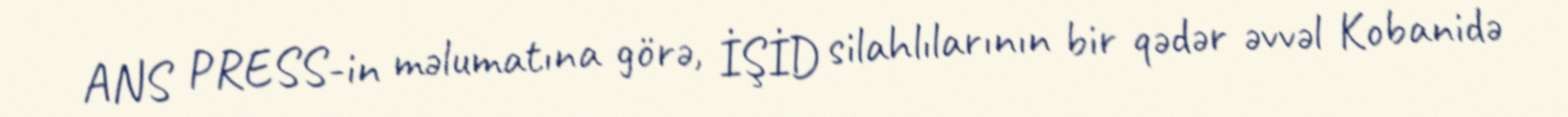
ANS PRESS-in məlumatına görə, İŞİD silahlılarının bir qədər əvvəl Kobanidə